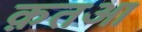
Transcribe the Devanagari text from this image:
क़तआ